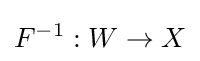
F^{-1}:W\to X